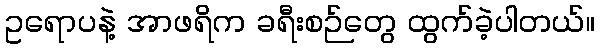
ဥရောပနဲ့ အာဖရိက ခရီးစဉ်တွေ ထွက်ခဲ့ပါတယ်။